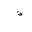
Letter: _thal